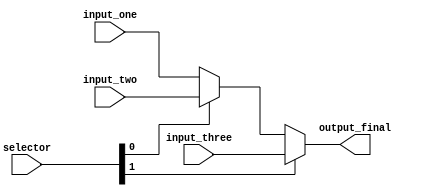
module mux_IorD (
  input wire  [1:0]  selector,
  input wire  [31:0] input_one,
  input wire  [31:0] input_two,
  input wire  [31:0] input_three,
  output wire [31:0] output_final
);

  wire [31:0] aux;

  assign aux = (selector[0]) ? input_two : input_one;
  assign output_final = (selector[1]) ? input_three : aux;

  endmodule